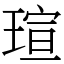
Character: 瑄